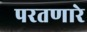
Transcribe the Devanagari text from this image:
परतणारे